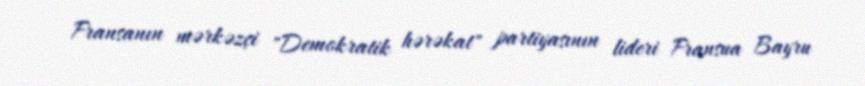
Fransanın mərkəzçi "Demokratik hərəkat" partiyasının lideri Fransua Bayru